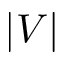
\lvert V \rvert